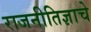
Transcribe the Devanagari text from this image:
राजनीतिज्ञाचे